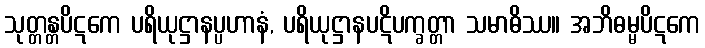
သုတ္တန္တပိဋကေ ပရိယုဋ္ဌာနပ္ပဟာနံ, ပရိယုဋ္ဌာနပဋိပက္ခတ္တာ သမာဓိဿ။ အဘိဓမ္မပိဋကေ